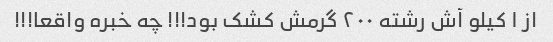
از ۱ کیلو آش رشته ۲۰۰ گرمش کشک بود!!! چه خبره واقعا!!!